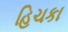
હિચકા